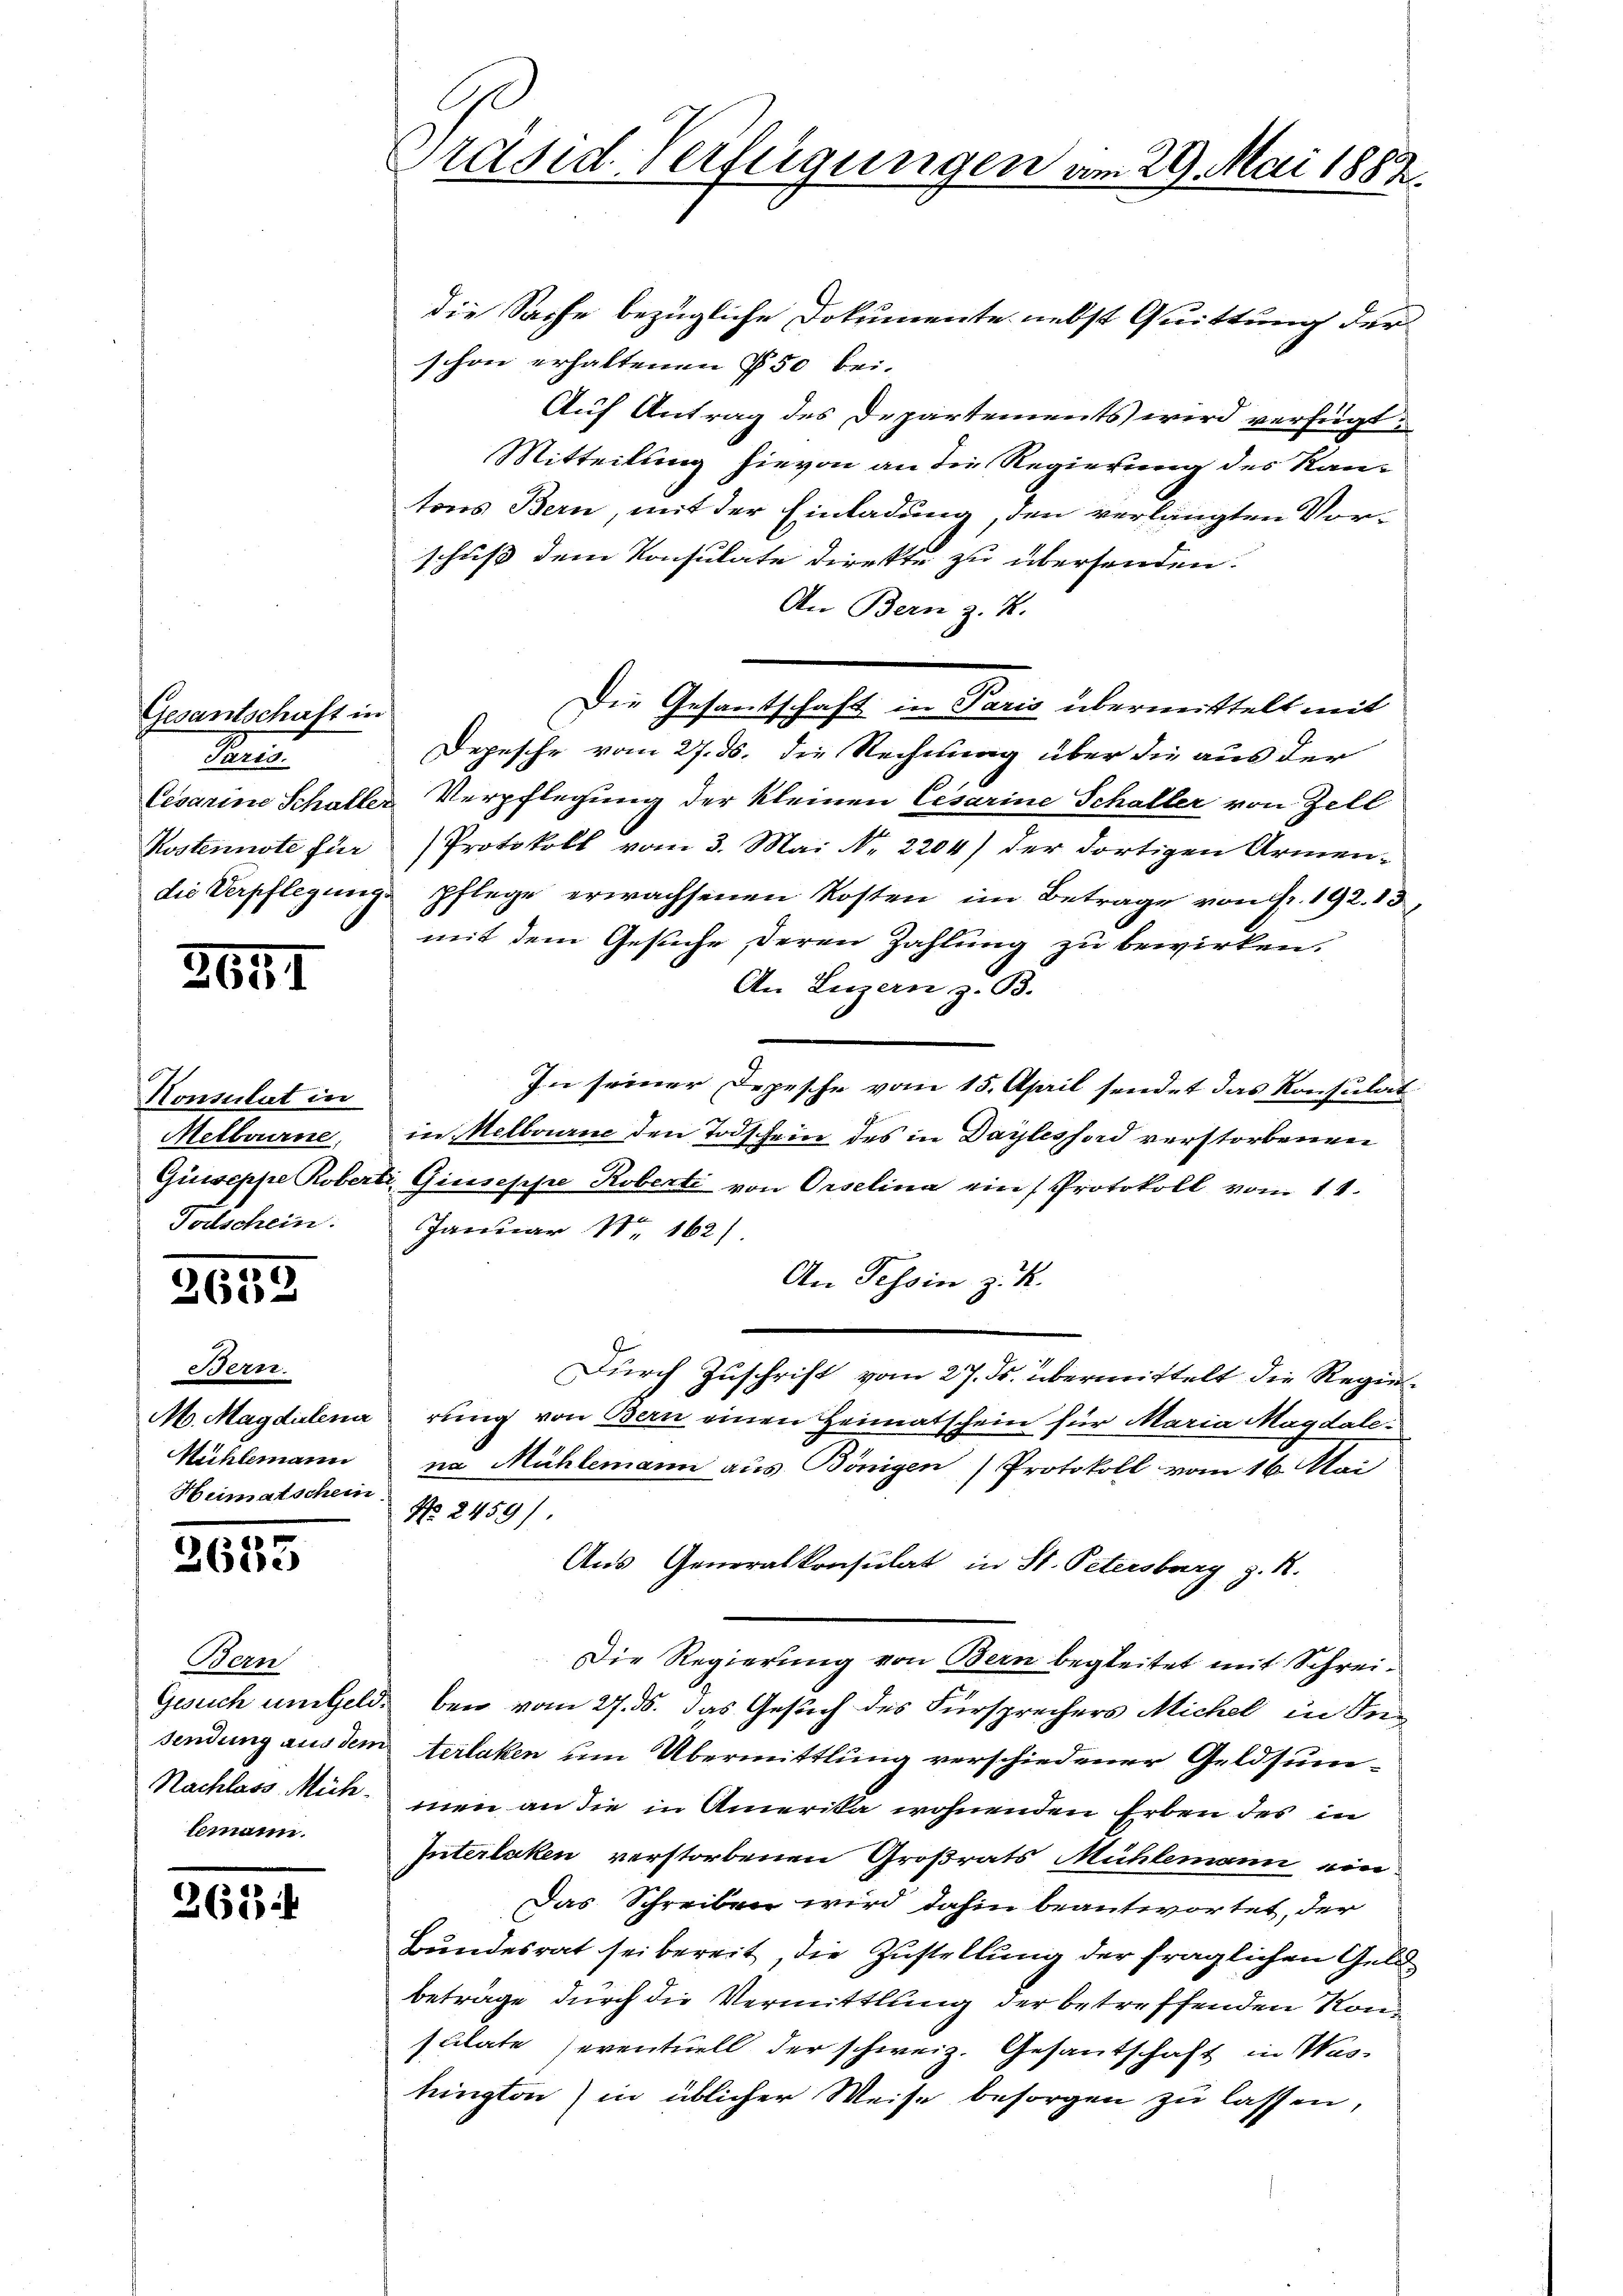
Gesantschaft in
He

1611

Konsulat in
Metbourne,
Todschein.

3652

Bern.
Mühlemann
Heimatschein

2685

Dan
Nachlass Müh
lemann.

265

Präsid. Verfügungen am 29. Mai 1882

die Sache bezügliche Dokumente nebst Quittung der
schon erhaltenen § 50 bei.
Auf Antrag des Departements wird verfügt:
Mitteilung hievon an die Regierung des Kantons Bern, mit der Einladung, den verlangten Vorschuß dem Konsulate direkte zu übersenden.
An Bern z. B.
Die Gesandtschaft in Paris übermittelt mit
Depesche vom 27. ds. die Rechnung über die aus der
Cesarine Schaller Verpflegung der kleinen Cesarine Schaller von Zell
Kostennote für Protokoll vom 3. Mai No 2204) der dortigen Armen-
die Verpflegŭng pflege erwachsenen Kosten im Betrage von fr. 192. 13
mit dem Gesuche deren Zahlung zu bewirken.
An Luzern z. B.
In seiner Depesche vom 15. April sendet das Konsulat
in Melbourne den Todschein des in Daylesford verstorbenen
Guiseppe Roberti, Giuseppe Roberti von Orselina ein Protokoll vom 11.
Januar No 162)
An Tessin z. K.
Durch Zuschrift vom 27. ds. übermittelt die Regie¬
M. Magdalenarung von Bern einen Heimatschein für Maria Magdalena Mühlemann aus Bönigen Protokoll vom 16. Mai
No. 2459).
Aus Generalkonsulat in St. Petersburg z. R.
Die Regierung von Bern begleitet mit Schrei¬
Gesuch um Geld, bei vom 27. ds. das Gesuch des Fürsprechers Michel in Insendung aus dem terlaken um Übermittlung verschiedener Geldsum-
men an die in Amerika wohnenden Erben des in
Interlaken verstorbenen Großrats Mühlemann ein
Das Schreiben wird dahin beantwortet, der
Bundesrat sei bereit, die Zustellung der fraglichen Geldbeträge durch die Vermittlung der betreffenden Konsulate seventuell der schweiz. Gesantschaft in Was-
hington) in üblicher Weise besorgen zu lassen,